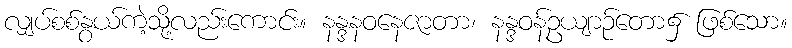
လျှပ်စစ်နွယ်ကဲ့သို့လည်းကောင်း။ နန္ဒနဝနေဇာတာ၊ နန္ဒဝန်ဥယျာဉ်တော၌ ဖြစ်သော။